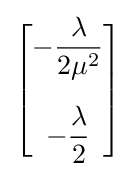
{\begin{bmatrix}-{\dfrac {\lambda }{2\mu ^{2}}}\\[15pt]-{\dfrac {\lambda }{2}}\end{bmatrix}}